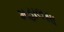
મહાલસા